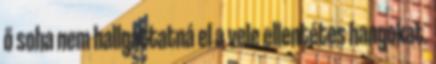
ő soha nem hallgattatná el a vele ellentétes hangokat.